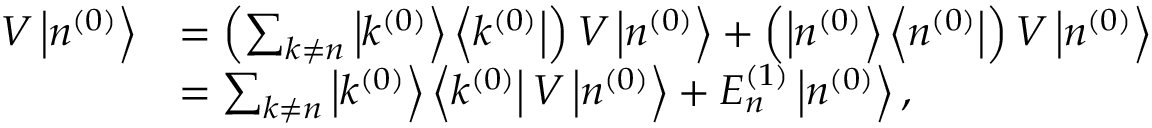
{ \begin{array} { r l } { V \left| n ^ { ( 0 ) } \right\rangle } & { = \left( \sum _ { k \neq n } \left| k ^ { ( 0 ) } \right\rangle \left\langle k ^ { ( 0 ) } \right| \right) V \left| n ^ { ( 0 ) } \right\rangle + \left( \left| n ^ { ( 0 ) } \right\rangle \left\langle n ^ { ( 0 ) } \right| \right) V \left| n ^ { ( 0 ) } \right\rangle } \\ & { = \sum _ { k \neq n } \left| k ^ { ( 0 ) } \right\rangle \left\langle k ^ { ( 0 ) } \right| V \left| n ^ { ( 0 ) } \right\rangle + E _ { n } ^ { ( 1 ) } \left| n ^ { ( 0 ) } \right\rangle , } \end{array} }